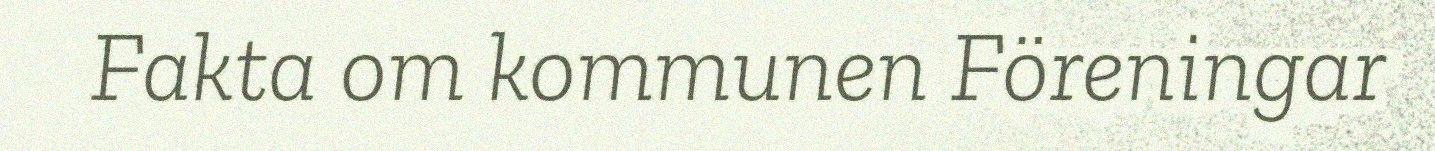
Fakta om kommunen Föreningar